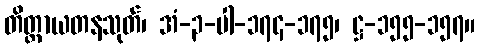
တိတ္ထာယတနသုတ်၊ အံ-၃-ပါ-၁၇၄-၁၇၅၊ ဋ္ဌ-၁၅၅-၁၅၇။